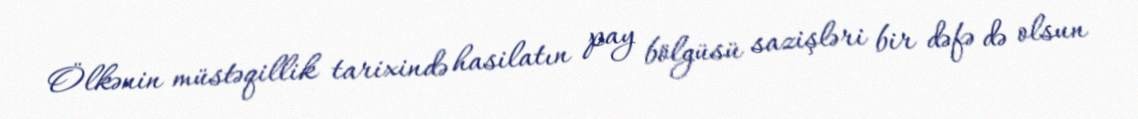
Ölkənin müstəqillik tarixində hasilatın pay bölgüsü sazişləri bir dəfə də olsun